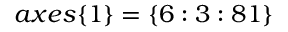
a x e s \{ 1 \} = \{ 6 : 3 : 8 1 \}